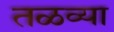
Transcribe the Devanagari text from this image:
तळव्या